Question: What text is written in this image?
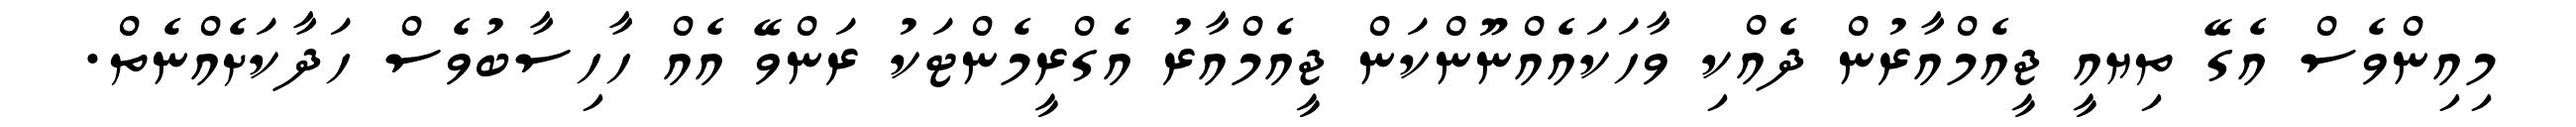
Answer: މިއިންވެސް އެގޭ ތިޔއީ ޖީއެމްއާރުން ދެއްކި ވާހަކައެއްނޫންކަން ޖީއެމްއާރު އެގްރީމެންޓަކު ރަންވޭ އެއް ހާހިސާބުވެސް ހަދާކަށެއްނެތް.